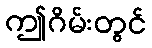
ဤဂိမ်းတွင်